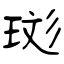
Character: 珳